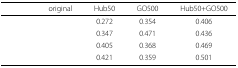
<table><thead><tr><td>[EMPTY_CELL]</td><td><b>original</b></td><td><b>Hub50</b></td><td><b>GO500</b></td><td><b>Hub50+GO500</b></td></tr></thead><tbody><tr><td>[EMPTY_CELL]</td><td>[EMPTY_CELL]</td><td>0.272</td><td>0.354</td><td>0.406</td></tr><tr><td>[EMPTY_CELL]</td><td>[EMPTY_CELL]</td><td>0.347</td><td>0.471</td><td>0.436</td></tr><tr><td>[EMPTY_CELL]</td><td>[EMPTY_CELL]</td><td>0.405</td><td>0.368</td><td>0.469</td></tr><tr><td>[EMPTY_CELL]</td><td>[EMPTY_CELL]</td><td>0.421</td><td>0.359</td><td>0.501</td></tr></tbody></table>